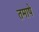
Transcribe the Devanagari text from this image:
तमाषे